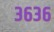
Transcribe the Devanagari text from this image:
३६३६